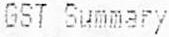
GST SUMMARY